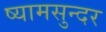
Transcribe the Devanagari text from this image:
ष्यामसुन्दर